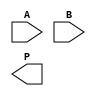
module dadda_multiplier #(parameter N = 4) (
    input [N-1:0] A,
    input [N-1:0] B,
    output [2*N-1:0] P
);

    // Wires to hold partial products
    wire [N-1:0] pp [0:N-1]; // Partial product matrix

    // Generate partial products
    genvar i, j;
    generate
        for (i = 0; i < N; i = i + 1) begin : partial_product_gen
            for (j = 0; j < N; j = j + 1) begin : pp_matrix
                assign pp[i][j] = A[j] & B[i];
            end
        end
    endgenerate

    // Dadda reduction tree
    wire [N-1:0] sum [0:N-1]; // Sums in reduction
    wire [N-1:0] carry [0:N-1]; // Carries in reduction
    wire [N-1:0] csa_sum [0:N-1]; // CSA results
    wire [N-1:0] csa_carry [0:N-1]; // CSA carries

    // Initialize to zero for the first stage
    assign sum[0] = 0;
    assign carry[0] = 0;

    // Dadda Reduction Stages
    genvar stage;
    generate
        for (stage = 0; stage < N; stage = stage + 1) begin : reduction_stage
            if (stage == 0) begin
                // First stage: direct assignment from partial products
                assign csa_sum[stage] = pp[stage];
                assign csa_carry[stage] = 0;
            end else if (stage < N) begin
                // Grouping three rows at a time
                assign csa_sum[stage] = (pp[stage] ^ carry[stage-1]);
                assign csa_carry[stage] = (pp[stage] & carry[stage-1]) | (pp[stage] & sum[stage-1]) | (carry[stage-1] & sum[stage-1]);
            end
            
            // Assigning the output for the next stage
            assign sum[stage + 1] = csa_sum[stage];
            assign carry[stage + 1] = csa_carry[stage];
        end
    endgenerate

    // Final addition: Add the last two rows
    wire [2*N-1:0] final_sum;
    wire [2*N-1:0] final_carry;

    // Final adder (could use any adder type; using simple ripple carry here)
    assign final_sum = sum[N] + carry[N];

    // Final product output
    assign P = final_sum;

endmodule